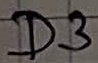
Text: D3